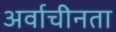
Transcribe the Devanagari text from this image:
अर्वाचीनता